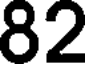
82